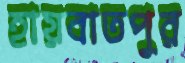
হায়বাতপুর